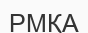
РМҚА